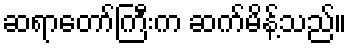
ဆရာတော်ကြီးက ဆက်မိန့်သည်။